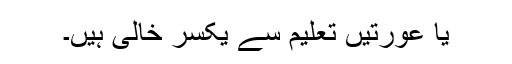
یا عورتیں تعلیم سے یکسر خالی ہیں۔